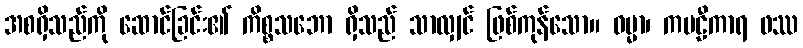
အစရှိသည်ကို ဆောင်ခြင်း၏ ကိစ္စသဘော ရှိသည် သာလျှင် ဖြစ်ကုန်သော။ ဓမ္မာ၊ ကဗဠီကာရ ဖဿ